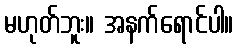
မဟုတ်ဘူး။ အနက်ရောင်ပါ။